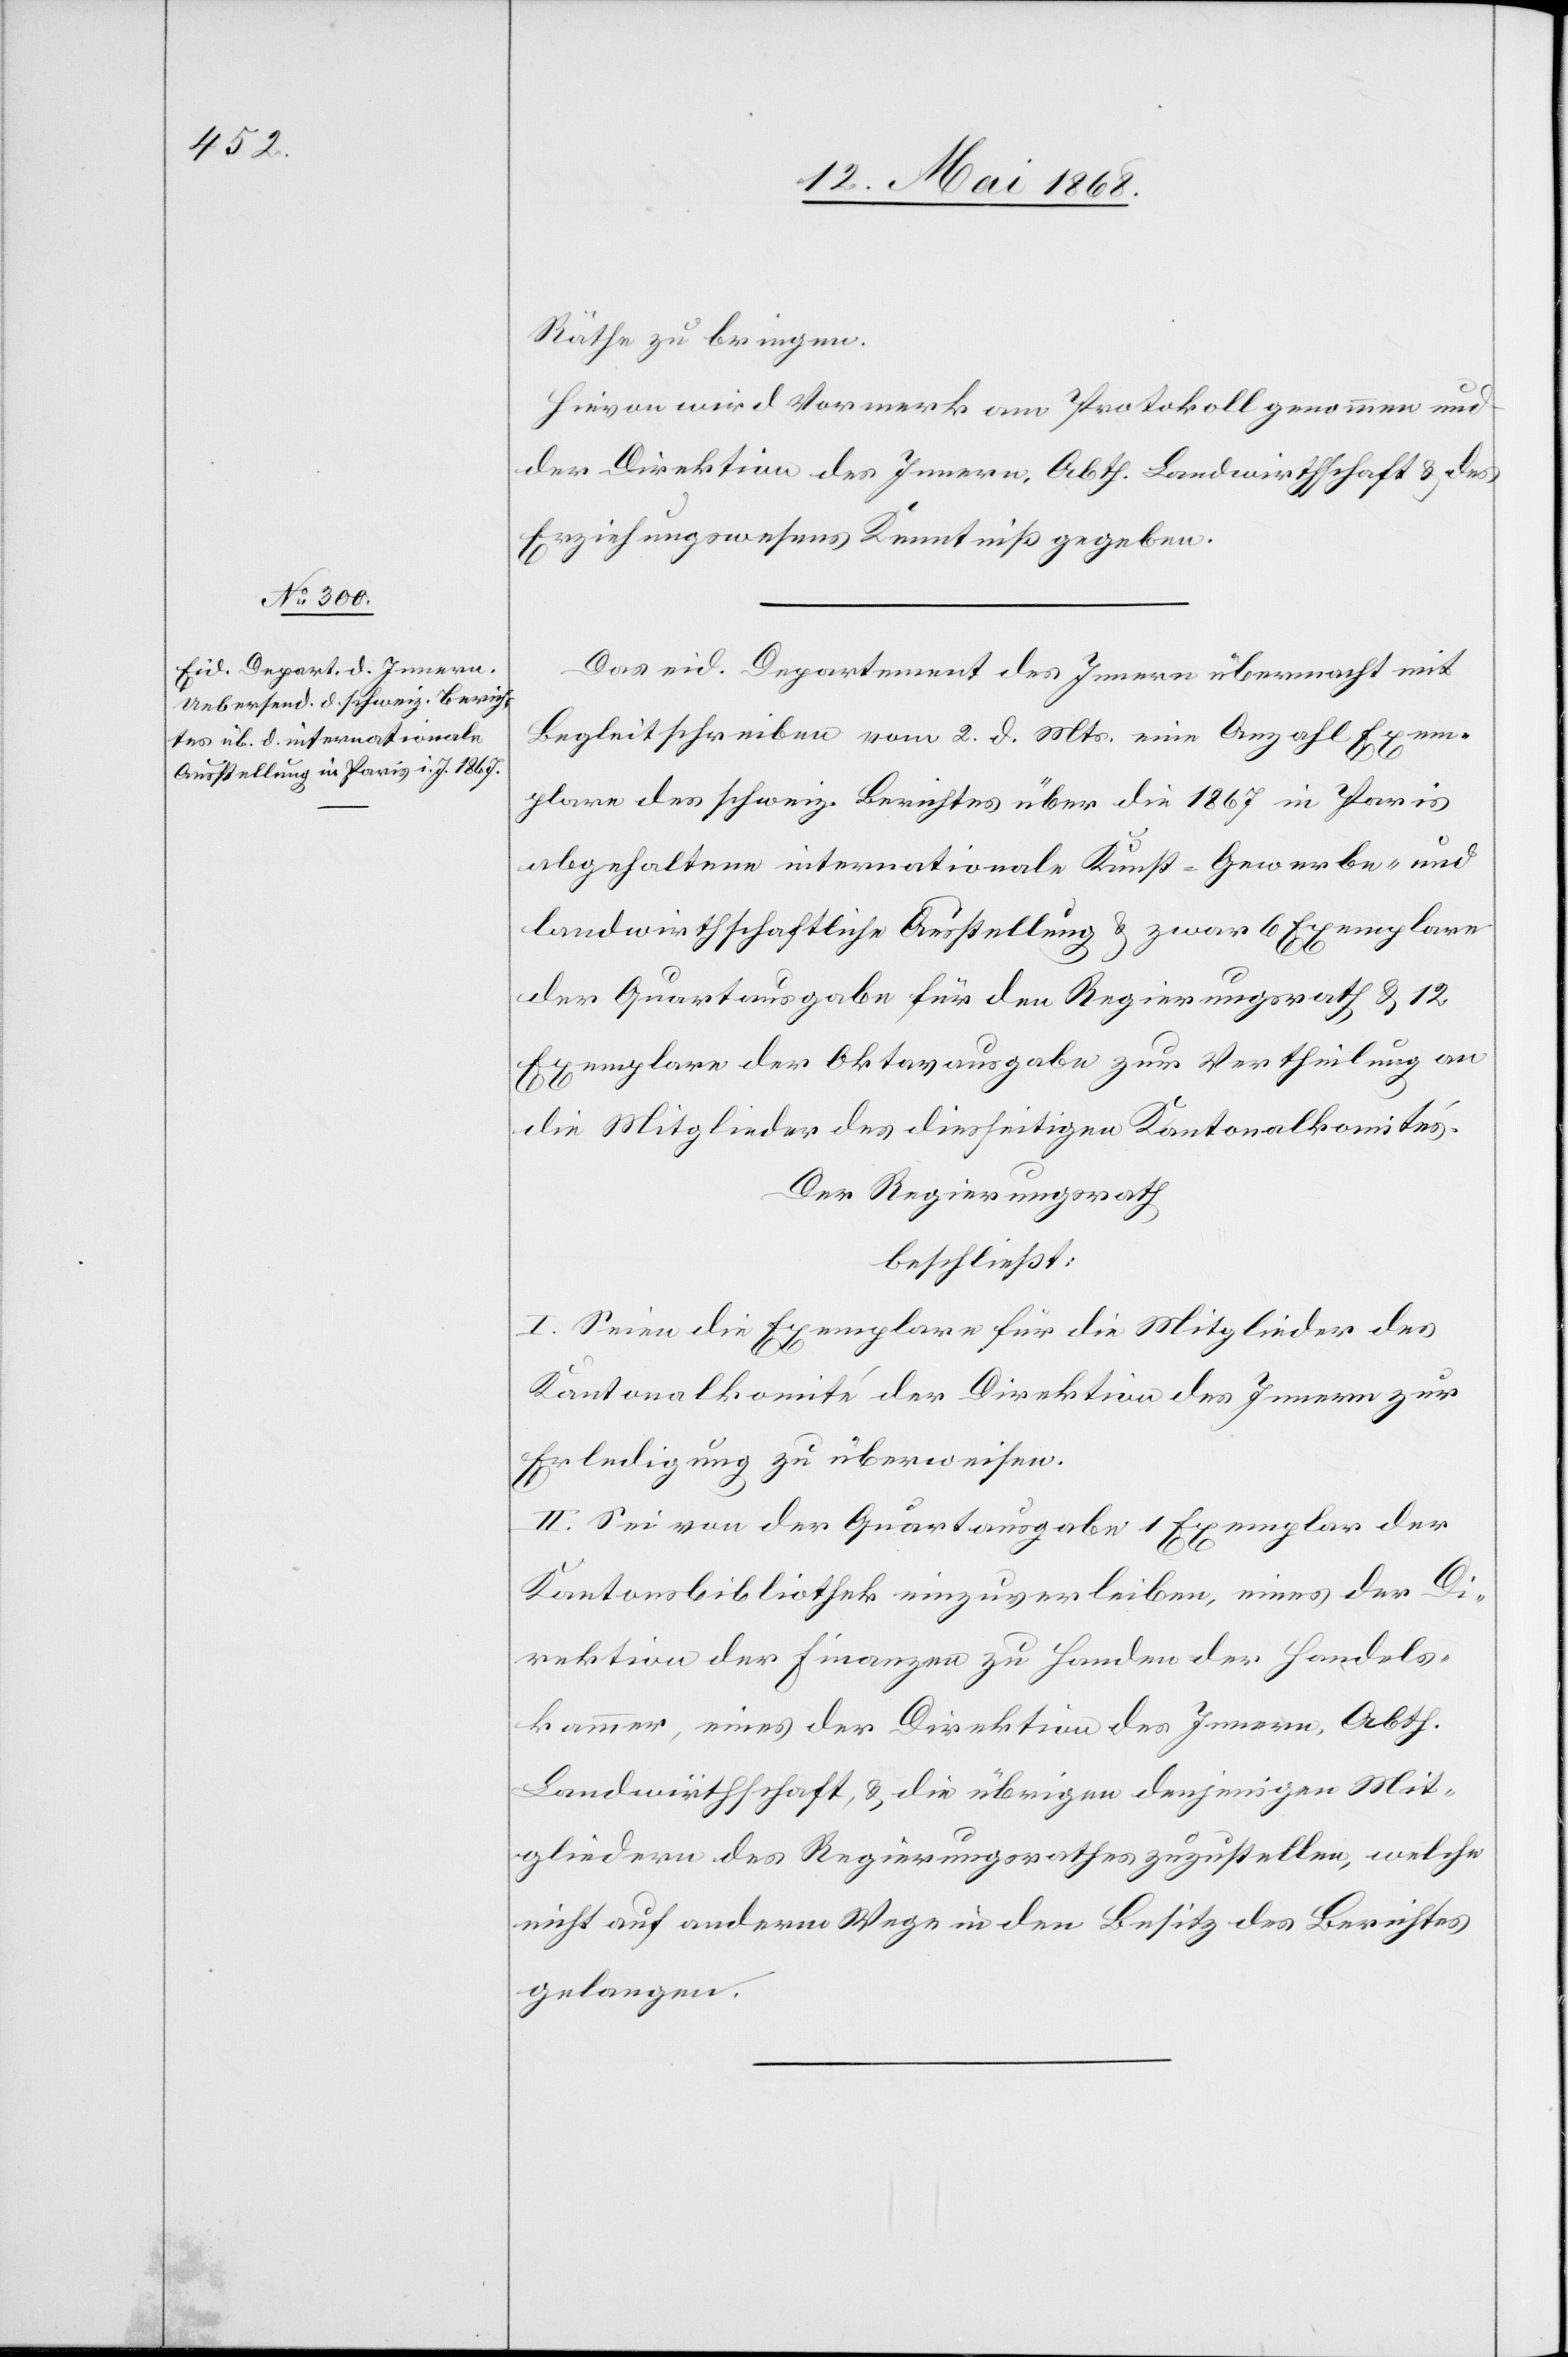
Räthe zu bringen.
Hievon wird Vormerk am Protokoll genommen und
der Direktion des Innern, Abth. Landwirthschaft & des
Erziehungswesens Kenntniß gegeben.
Das eid. Departement des Innern übermacht mit
Begleitschreiben vom 2. d. Mts. eine Anzahl Exem¬
plare des schweiz. Berichtes über die 1867 in Paris
abgehaltene internationale Kunst-[,] Gewerbe- und
landwirthschaftliche Ausstellung & zwar 6 Exemplare
der Quartausgabe für den Regierungsrath & 12
Exemplare der Oktavausgabe zur Vertheilung an
die Mitglieder des diesseitigen Kantonalkomités.
Der Regierungsrath
beschließt:
I. Seien die Exemplare für die Mitglieder des
Kantonalkomité der Direktion des Innern zur
Erledigung zu überweisen.
II. Sei von der Quartausgabe 1 Exemplar der
Kantonsbibliothek einzuverleiben, eines der Di¬
rektion der Finanzen zu Handen der Handels¬
kammer, eines der Direktion des Innern, Abth.
Landwirthschaft, & die übrigen denjenigen Mit¬
gliedern des Regierungsrathes zuzustellen, welche
nicht auf anderm Wege in den Besitz des Berichtes
gelangen.